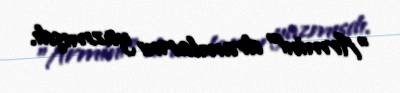
"Armini" dramlarını yazmışdı.